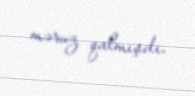
məruz qalmışdı.